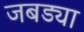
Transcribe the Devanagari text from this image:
जबड्या